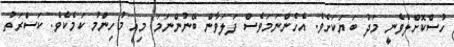
ހުސްކޮށްލެވެނީ މަދު ބަޔަކަށެވެ. އެހެންނަމަވެސް ފަލަވާން ބޭނުންނަމަ މިއީ މުހިންމު ކަމެކެވެ. ކަސްރަތު